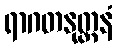
ရာဂတနုတ္တနံ